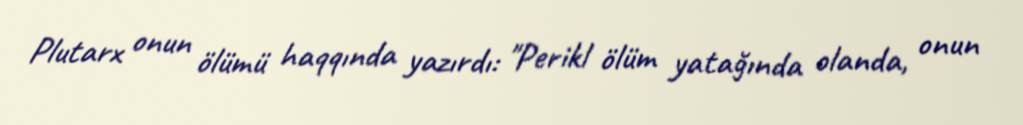
Plutarx onun ölümü haqqında yazırdı: "Perikl ölüm yatağında olanda, onun